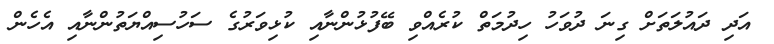
އަދި ދައުލަތަށް ގިނަ ދުވަހު ހިދުމަތް ކުރެއްވި ބޭފުޅުންނާއި ކުޅިވަރުގެ ސަހުސިއްޔަތުންނާއި އެހެން